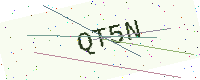
Text: QT5N